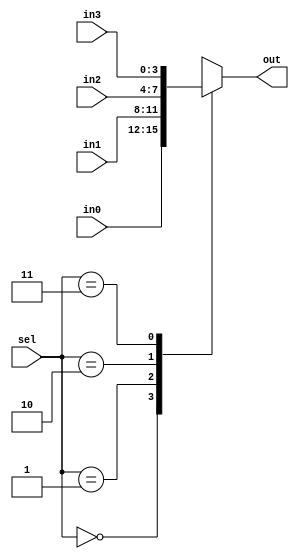
module MUX(
    output reg [3:0] out,
    input [3:0] in0,
    input [3:0] in1,
    input [3:0] in2,
    input [3:0] in3,
    input [1:0] sel
      );
      
      
    always@(*) begin
        case(sel)
        0: out = in0;
        1: out = in1;
        2: out = in2;
        3: out = in3;
        default: out = in0;
        
    endcase
  
    end  
  
endmodule